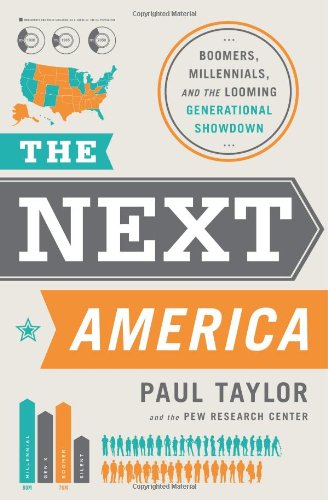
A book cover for The Next America: Boomers, Millennials, and the Looming Generational Showdown; Paul Taylor; Politics & Social Sciences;